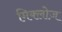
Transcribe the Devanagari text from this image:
मिक्लोज़